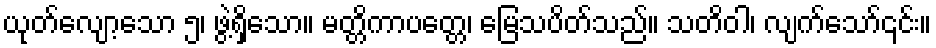
ယုတ်လျော့သော ၅၊ ဖွဲ့ရှိသော။ မတ္တိကာပတ္တေ၊ မြေသပိတ်သည်။ သတိဝါ၊ လျက်သော်၎င်း။